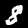
Label: 8